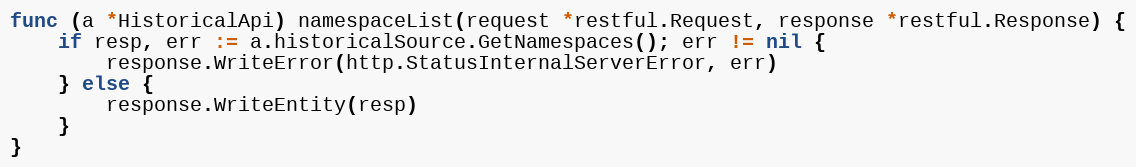
Language: Go
func (a *HistoricalApi) namespaceList(request *restful.Request, response *restful.Response) {
	if resp, err := a.historicalSource.GetNamespaces(); err != nil {
		response.WriteError(http.StatusInternalServerError, err)
	} else {
		response.WriteEntity(resp)
	}
}